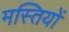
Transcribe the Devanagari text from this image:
मस्तियों